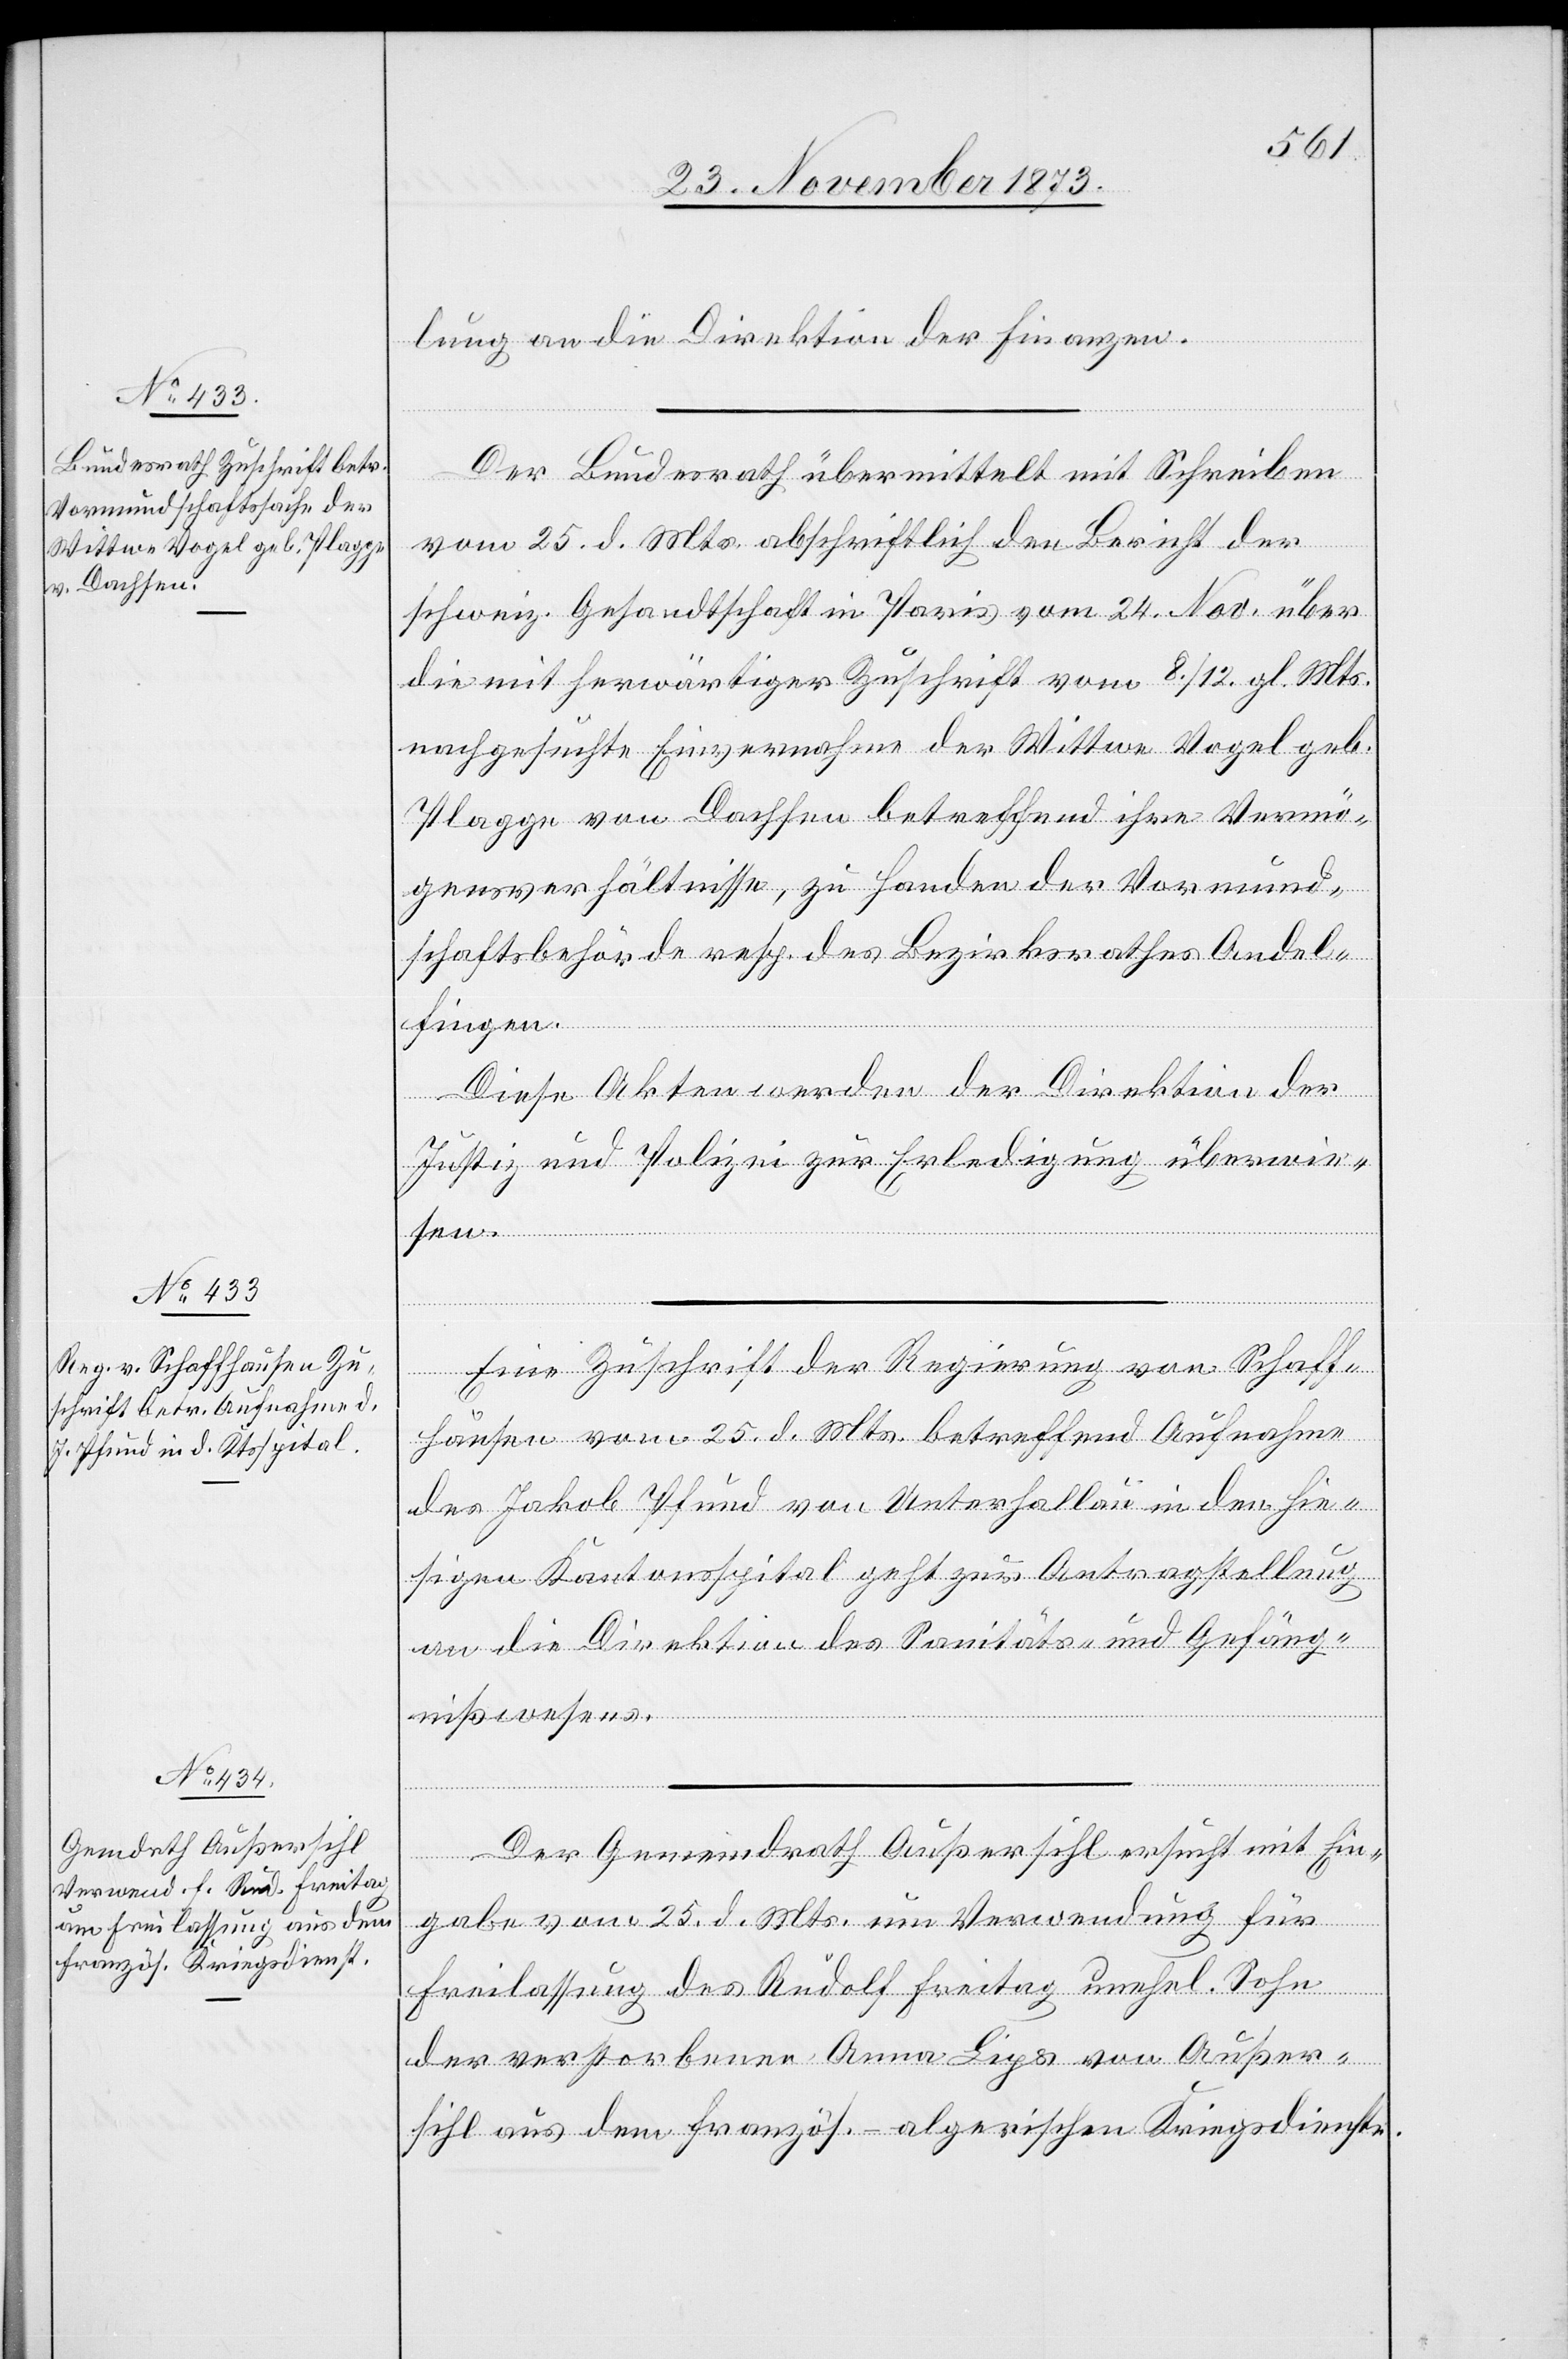
28. November 1873.]
lung an die Direktion der Finanzen.
Der Bundesrath übermittelt mit Schreiben
vom 25. d. Mts. abschriftlich den Bericht der
schweiz. Gesandtschaft in Paris vom 24. Nov. über
die mit herwärtiger Zuschrift vom 8./12. gl. Mts.
nachgesuchte Einvernahme der Wittwe Vogel geb.
Plagge von Dachsen betreffend ihre Vermö¬
gensverhältnisse, zu Handen der Vormund¬
schaftsbehörde resp. des Bezirksrathes Andel¬
fingen.
Diese Akten werden der Direktion der
Justiz und Polizei zur Erledigung überwie¬
sen.
Eine Zuschrift der Regierung von Schaff¬
hausen vom 25. d. Mts. betreffend Aufnahme
des Jakob Pfund von Unterhallau in den hie¬
sigen Kantonsspital geht zur Antragstellung
an die Direktion des Sanitäts- und Gefäng¬
nißwesens.
Der Gemeindrath Außersihl ersucht mit Ein¬
gabe vom 25. d. Mts. um Verwendung für
Freilassung des Rudolf Freitag unehel. Sohn
der verstorbenen Anna Lips von Außer¬
sihl aus dem französ.-algerischen Kriegsdienste.